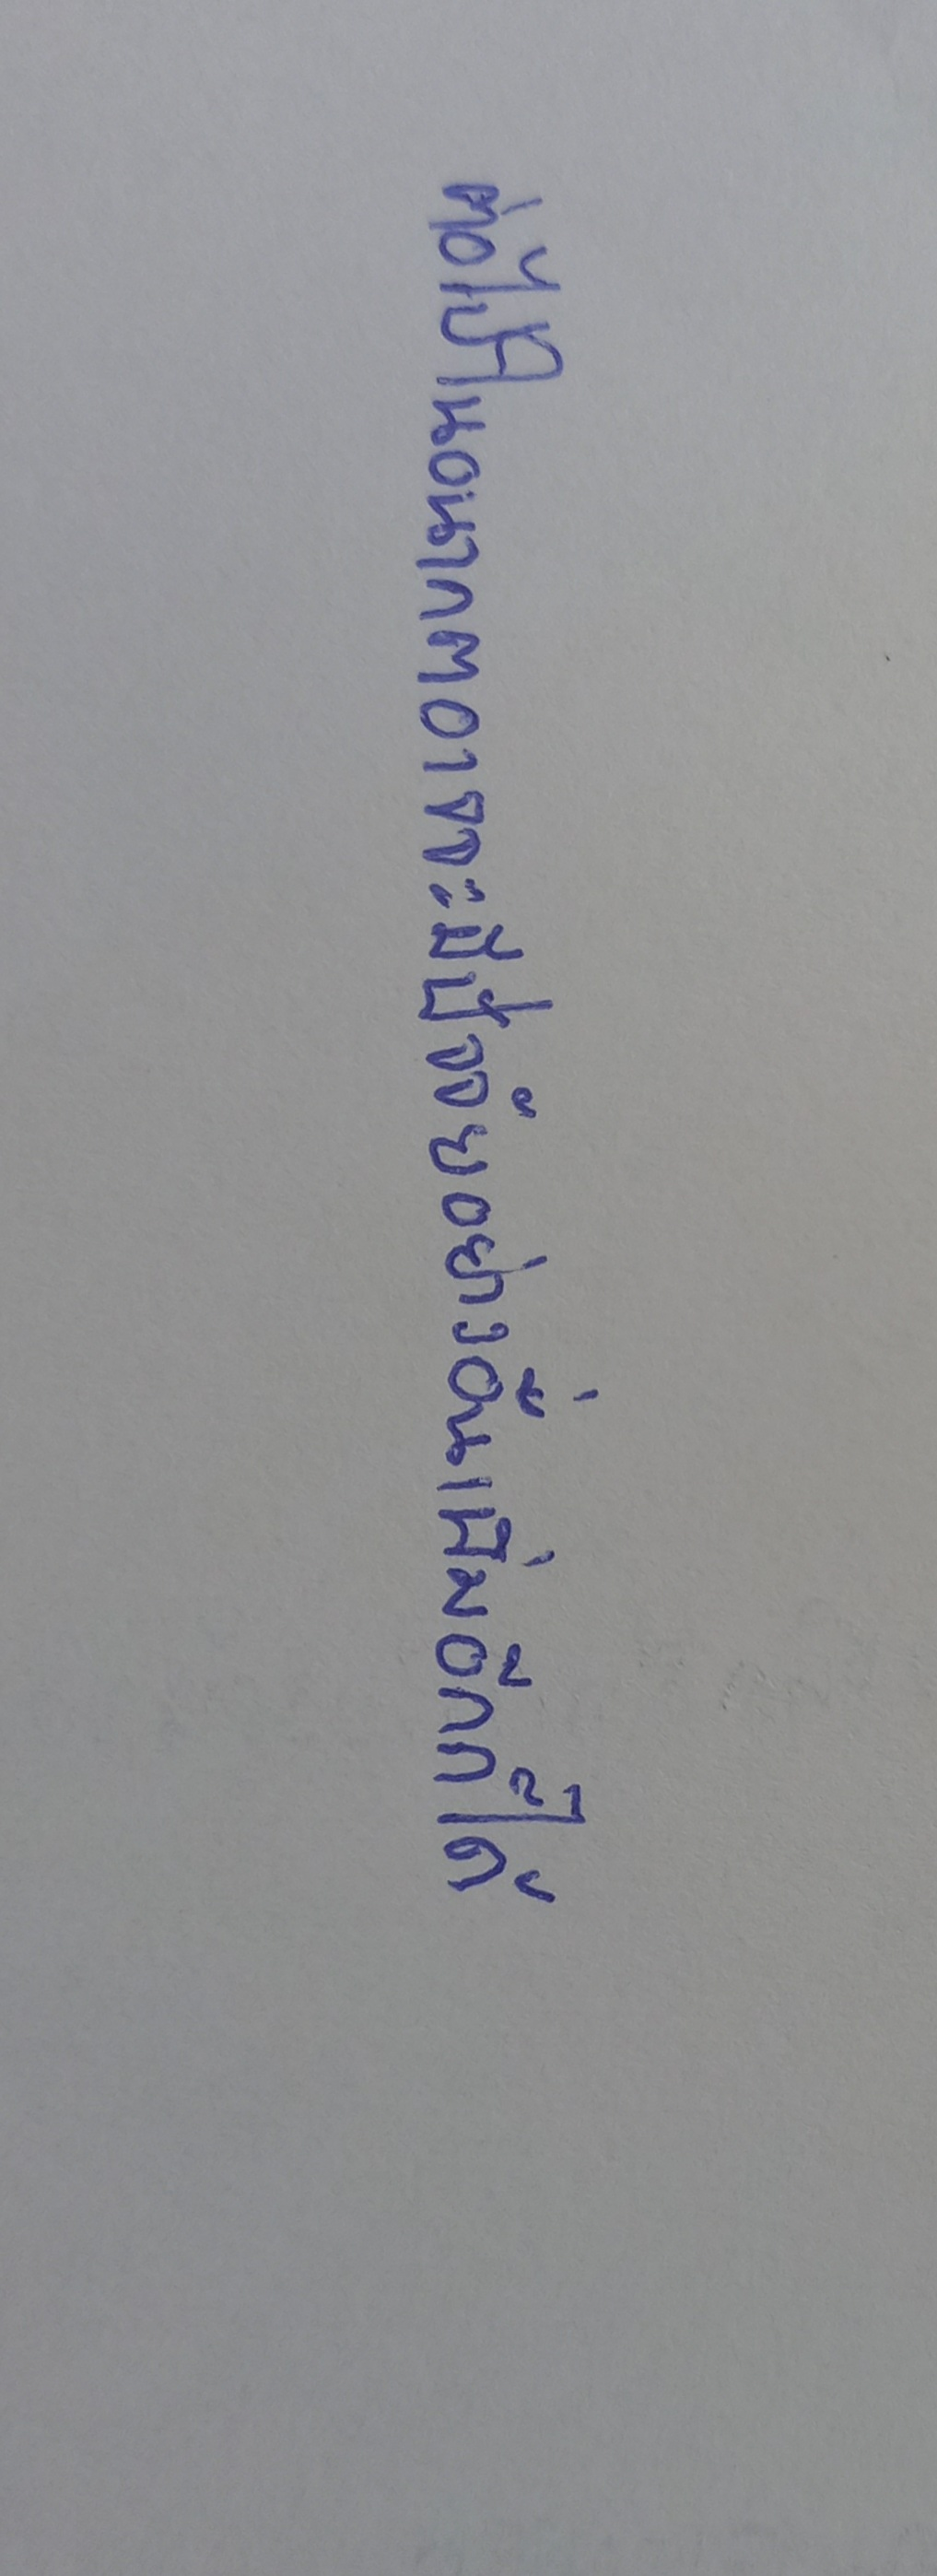
ต่อไปในอนาคตอาจจะมีปัจจัยอย่างอื่นเพิ่มอีกก็ได้